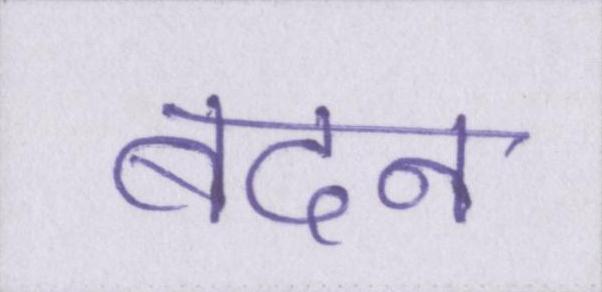
बदन